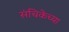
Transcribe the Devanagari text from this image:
संचिकेच्या